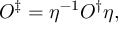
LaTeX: O ^ { \ddag } = \eta ^ { - 1 } O ^ { \dag } \eta ,